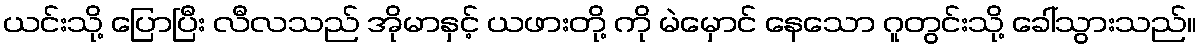
ယင်းသို့ ပြောပြီး လီလသည် အိုမာနှင့် ယဖားတို့ ကို မဲမှောင် နေသော ဂူတွင်းသို့ ခေါ်သွားသည်။